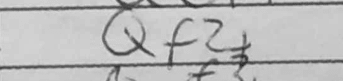
Transcription: Qf2+